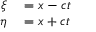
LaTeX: \begin{array} { r l } { \xi } & { { } = x - c t } \\ { \eta } & { { } = x + c t } \end{array}